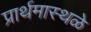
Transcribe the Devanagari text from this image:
प्रार्थमास्थळे